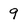
Character: 9